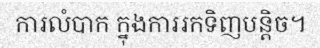
ការលំបាក ក្នុងការរកទិញបន្តិច។